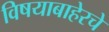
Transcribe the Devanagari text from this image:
विषयाबाहेरचे